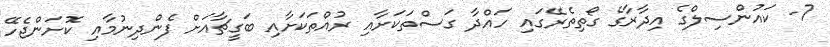
7- ކައުންސިލްގެ އިދާރާގެ ގޯތިތެރޭގައި ހައްދާ ގަސްތަކަށާއި ރުއްތަކަށާއި ބަގީޗާއަށް ފެންދިނުމާއި ކޮށަންޖެހޭ